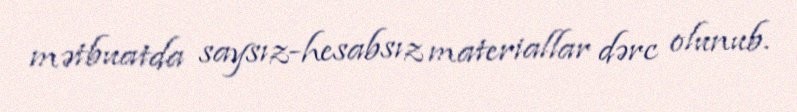
mətbuatda saysız-hesabsız materiallar dərc olunub.